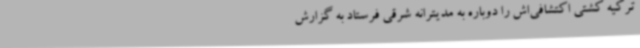
ترکیه کشتی اکتشافی‌اش را دوباره به مدیترانه شرقی فرستاد به گزارش